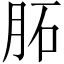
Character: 𦚈